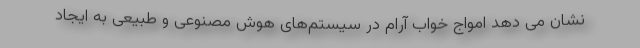
نشان می دهد امواج خواب آرام در سیستم‌های هوش مصنوعی و طبیعی به ایجاد